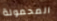
المحمولة